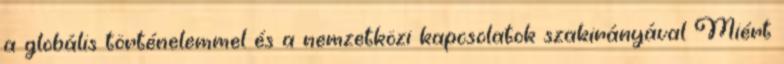
a globális történelemmel és a nemzetközi kapcsolatok szakirányával Miért